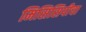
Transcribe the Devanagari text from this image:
मिसिसिपीचा